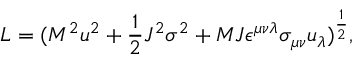
L = ( M ^ { 2 } u ^ { 2 } + { \frac { 1 } { 2 } } J ^ { 2 } \sigma ^ { 2 } + M J \epsilon ^ { \mu \nu \lambda } \sigma _ { \mu \nu } u _ { \lambda } ) ^ { \frac { 1 } { 2 } } ,